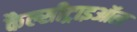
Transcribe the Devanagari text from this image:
कैल्सीट्राइऑल